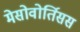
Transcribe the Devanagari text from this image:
मेसोवोर्तिसस